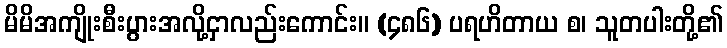
မိမိအကျိုးစီးပွားအလို့ငှာလည်းကောင်း။ (၄၈၆) ပရဟိတာယ စ၊ သူတပါးတို့၏